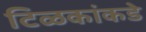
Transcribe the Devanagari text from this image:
टिळकांकडे